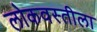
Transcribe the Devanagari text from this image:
लोकवस्तीला